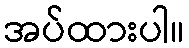
အပ်ထားပါ။